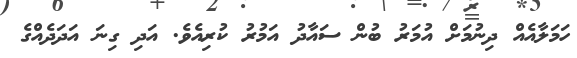
ހަމަލާއެއް ދިނުމަށް އުމަރު ބުން ސައާދު އަމުރު ކުރިއެވެ. އަދި ގިނަ އަދަދެއްގެ